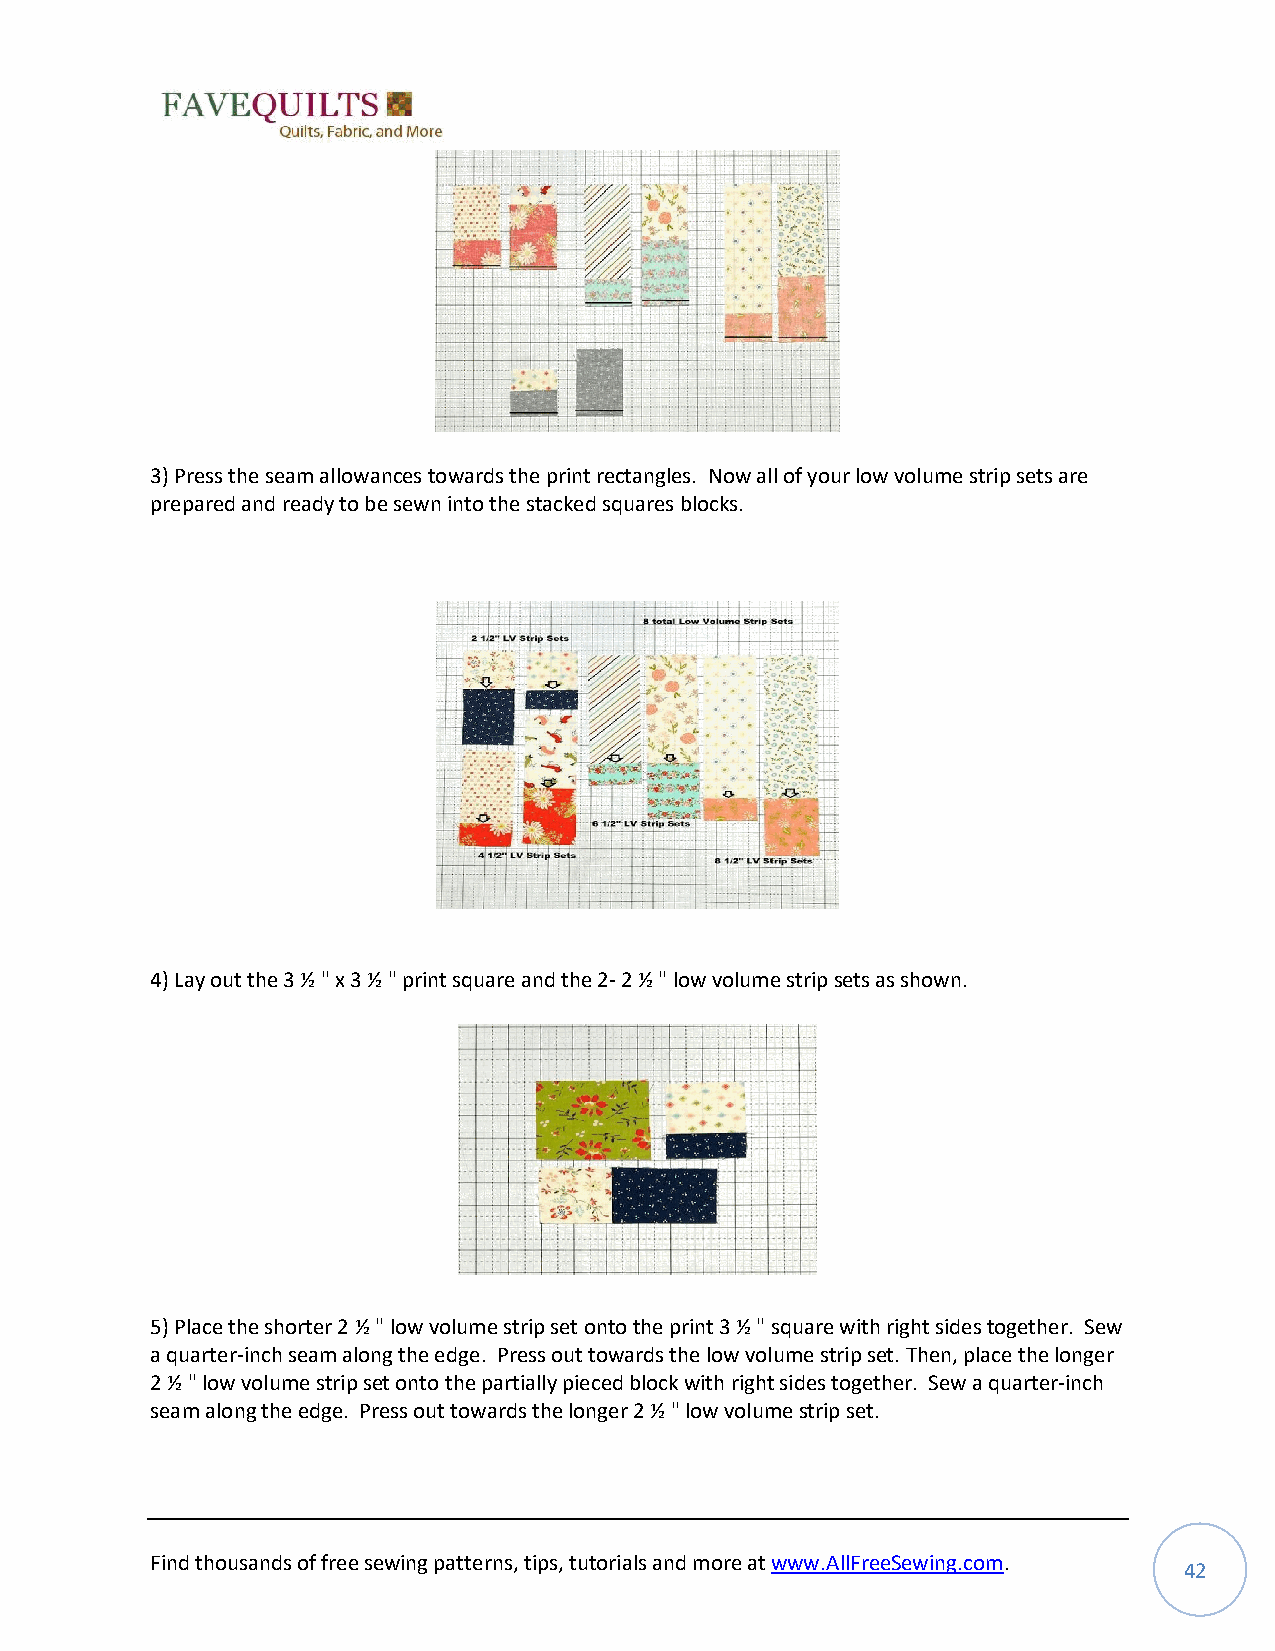
3) Press the seam allowances towards the print rectangles. Now all of your low volume strip sets are
 prepared and ready to be sewn into the stacked squares blocks.
 4) Lay out the 3 ½ " x 3 ½ " print square and the 2- 2 ½ " low volume strip sets as shown.
 5) Place the shorter 2 ½ " low volume strip set onto the print 3 ½ " square with right sides together. Sew
 a quarter-inch seam along the edge. Press out towards the low volume strip set. Then, place the longer
 2 ½ " low volume strip set onto the partially pieced block with right sides together. Sew a quarter-inch
 seam along the edge. Press out towards the longer 2 ½ " low volume strip set.
 Find thousands of free sewing patterns, tips, tutorials and more at www.AllFreeSewing.com.
 42